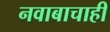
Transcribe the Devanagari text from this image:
नवाबाचाही